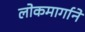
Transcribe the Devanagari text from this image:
लोकमार्गाने